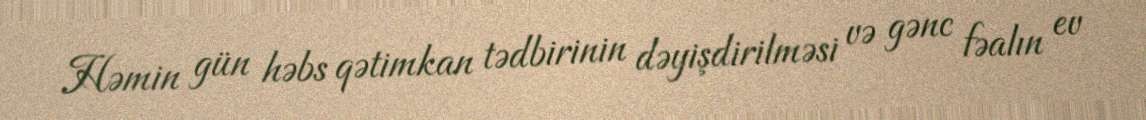
Həmin gün həbs qətimkan tədbirinin dəyişdirilməsi və gənc fəalın ev